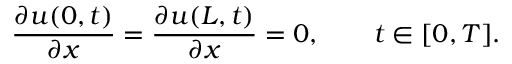
\frac { \partial u ( 0 , t ) } { \partial x } = \frac { \partial u ( L , t ) } { \partial x } = 0 , \qquad t \in [ 0 , T ] .